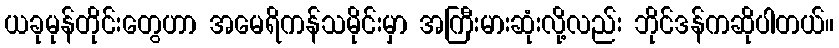
ယခုမုန်တိုင်းတွေဟာ အမေရိကန်သမိုင်းမှာ အကြီးမားဆုံးလို့လည်း ဘိုင်ဒန်ကဆိုပါတယ်။